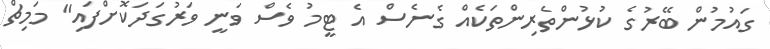
ގައުމުން ބޭރުގެ ކުޅުންތެރިންތަކެއް ގެނެސް އެ ޓީމު ވެސް ވަނީ ވަރުގަދަކޮށްފައި" މަމިޗް